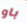
باو